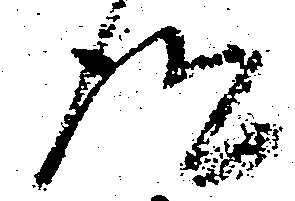
得